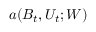
a ( B _ { t } , U _ { t } ; W )